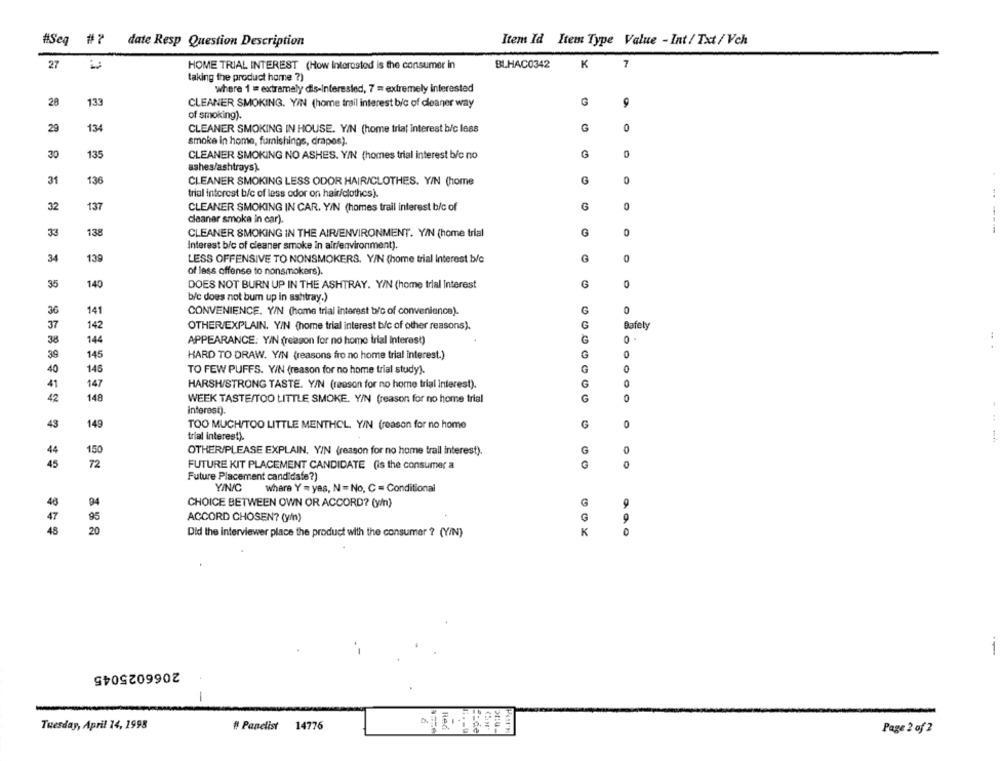
#Seq
#7
date Resp Question Description
Item Id Item Type Value - Int / Txt / Vch
27
HOME TRIAL INTEREST (How Interested is the consumer in
BLHAC0342
K
7
taking the product home ?)
where 1 = extramaly dis-Interested, 7 = extremely interested
28
133
CLEANER SMOKING. Y/N (home trail interest b/c of cleaner way
of smoking).
29
134
CLEANER SMOKING IN HOUSE. Y/N (home trial interest b/c less
G
0
smoke in home, furnishings, drapes).
135
30
CLEANER SMOKING NO ASHES. Y/N (homes trial interest bic no
G
ashes/ashtrays).
31
136
CLEANER SMOKING LESS ODOR HAIR/CLOTHES. Y/N (home
G
trial interest b/c of less odor on hair/clothes).
32
137
G
0
CLEANER SMOKING IN CAR. Y/N (homes trail interest b/c of
cleaner smoka in car).
138
CLEANER SMOKING IN THE AIR/ENVIRONMENT. Y/N (home trial
G
0
Interest b/c of cleaner smoke in air/environment).
34
139
LESS OFFENSIVE TO NONSMOKERS. Y/N (home trial Interest b/c
G
of less offense to nonsmokers).
35
140
DOES NOT BURN UP IN THE ASHTRAY. Y/N (home trial Interest
G
bic does not bum up in ashtray.)
36
141
CONVENIENCE. Y/N (home trial interest b/c of convenience).
G
0
37
142
OTHER/EXPLAIN. Y/N (home trial interest b/c of other reasons).
Dafety
38
144
APPEARANCE: YIN (reason for no home trial Interest)
0
39
145
HARD TO DRAW. Y/N (reasons fro no home trial interest.)
G
0
40
145
TO FEW PUFFS. Y/N (reason for no home trial study).
G
41
147
HARSH/STRONG TASTE. Y/N (reason for no home trial interest).
42
148
WEEK TASTE/TOO LITTLE SMOKE. Y/N (reason for no home trial
G
0
interest).
43
149
TOO MUCH/TOO LITTLE MENTHOL, Y/N (reason for no home
G
0
trial interest).
G
0
44
1.50
OTHER/PLEASE EXPLAIN, Y/N (reason for no home trail interest).
15
72
FUTURE KIT PLACEMENT CANDIDATE (is the consumer a
0
Future Placement candidate?)
Y/N/C whare Y = yes, N = No, C = Conditional
94
G
CHOICE BETWEEN OWN OR ACCORD? (y/n)
9
47
95
ACCORD CHOSEN? (in)
48
20
Did the interviewer place the product with the consumer ? (Y/N)
K
2066025045
-
Tuesday, April 14, 1995
# Panelist 14776
Page 2 of 2